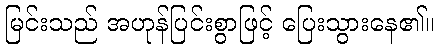
မြင်းသည် အဟုန်ပြင်းစွာဖြင့် ပြေးသွားနေ၏။